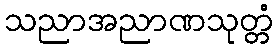
သညာအညာဏသုတ္တံ